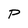
Character: P